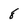
Character: 8